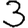
Digit: 3